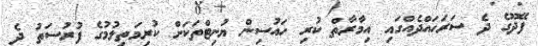
ފޭދޫގެ ދެ ސަރަހައްދެއްގައި އިމާރާތް ކުރި ހައުސިން ޔުނިޓްތަކަށް ކުރިމަތިލުމުގެ ފުރުސަތު ދެ